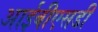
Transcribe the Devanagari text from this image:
आईबीएसडी